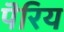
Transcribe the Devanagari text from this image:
पॆरिय